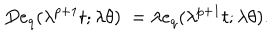
D e _ { q } ( \lambda ^ { p + 1 } t ; \lambda \theta ) \; = \lambda e _ { q } ( \lambda ^ { p + 1 } t ; \lambda \theta ) .